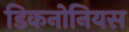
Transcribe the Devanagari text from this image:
डिकनोनियस